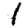
Digit: 1